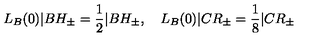
L _ { B } ( 0 ) | B H _ { \pm } = \frac { 1 } { 2 } | B H _ { \pm } , \quad L _ { B } ( 0 ) | C R _ { \pm } = \frac { 1 } { 8 } | C R _ { \pm }